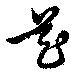
花